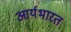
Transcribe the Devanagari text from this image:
आर्यभारत